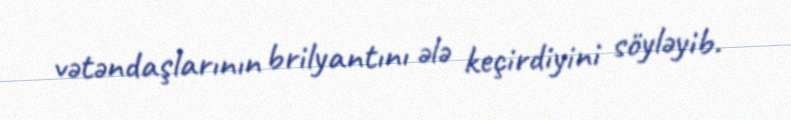
vətəndaşlarının brilyantını ələ keçirdiyini söyləyib.